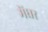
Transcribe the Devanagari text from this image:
मेंघर